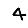
Digit: 4